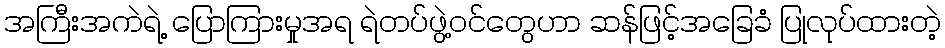
အကြီးအကဲရဲ့ ပြောကြားမှုအရ ရဲတပ်ဖွဲ့ဝင်တွေဟာ ဆန်ဖြင့်အခြေခံ ပြုလုပ်ထားတဲ့